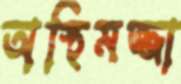
অস্থিমজ্জা